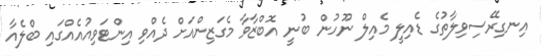
އިނގިރޭސިވިލާތުގެ ޑެއިލީ މެއިލް ނޫހުން ބުނީ އޮބްޒާވާ މެގަޒިންއަށް ދެއްވި އިންޓަވިއުއެއްގައި ބްލެއާ